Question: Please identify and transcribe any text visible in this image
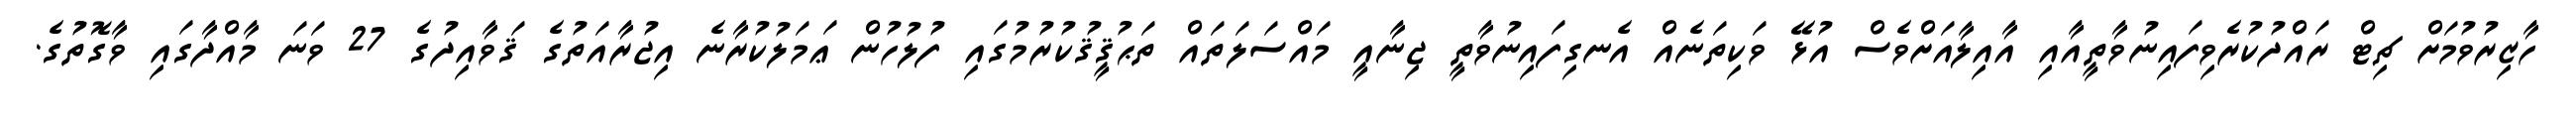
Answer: ހާޒިރުވުމަށް ޗިޓް ރައްދުކުރެވިފައިނުވާތީއާއި އާއިލާއަށްވެސް އުޅޭ ވަކިތަނެއް އެނގިފައިނުވާތީ ޖިނާއީ މައްސަލަތައް ތަޙުޤީޤުކުރުމުގައި ފުލުހުން ޢަމަލުކުރާނެ އިޖުރާއަތުގެ ޤަވާއިދުގެ 27 ވަނަ މާއްދާގައި ވާގޮތުގެ.